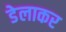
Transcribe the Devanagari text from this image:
डेलाकर